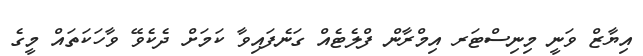
އިޔާޒް ވަނީ މިނިސްޓަރ އިމްރާން ފްލެޓެއް ގަނެފައިވާ ކަމަށް ދެކެވޭ ވާހަކަތައް މީގެ